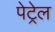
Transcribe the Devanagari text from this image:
पेट्रेल